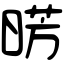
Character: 𣇷